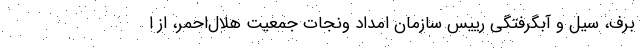
برف، سیل و آبگرفتگی رییس سازمان امداد ونجات جمعیت هلال‌احمر، از ا